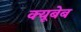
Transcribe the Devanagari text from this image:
क्यूबेब